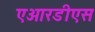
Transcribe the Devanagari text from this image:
एआरडीएस